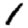
Digit: 1